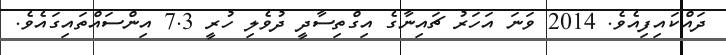
ދައްކައިފިއެވެ. 2014 ވަނަ އަހަރު ޗައިނާގެ އިގްތިސާދީ ދުވެލި ހުރީ 7.3 އިންސައްތައިގައެވެ.